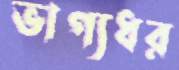
ভাগ্যধর